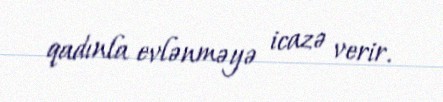
qadınla evlənməyə icazə verir.